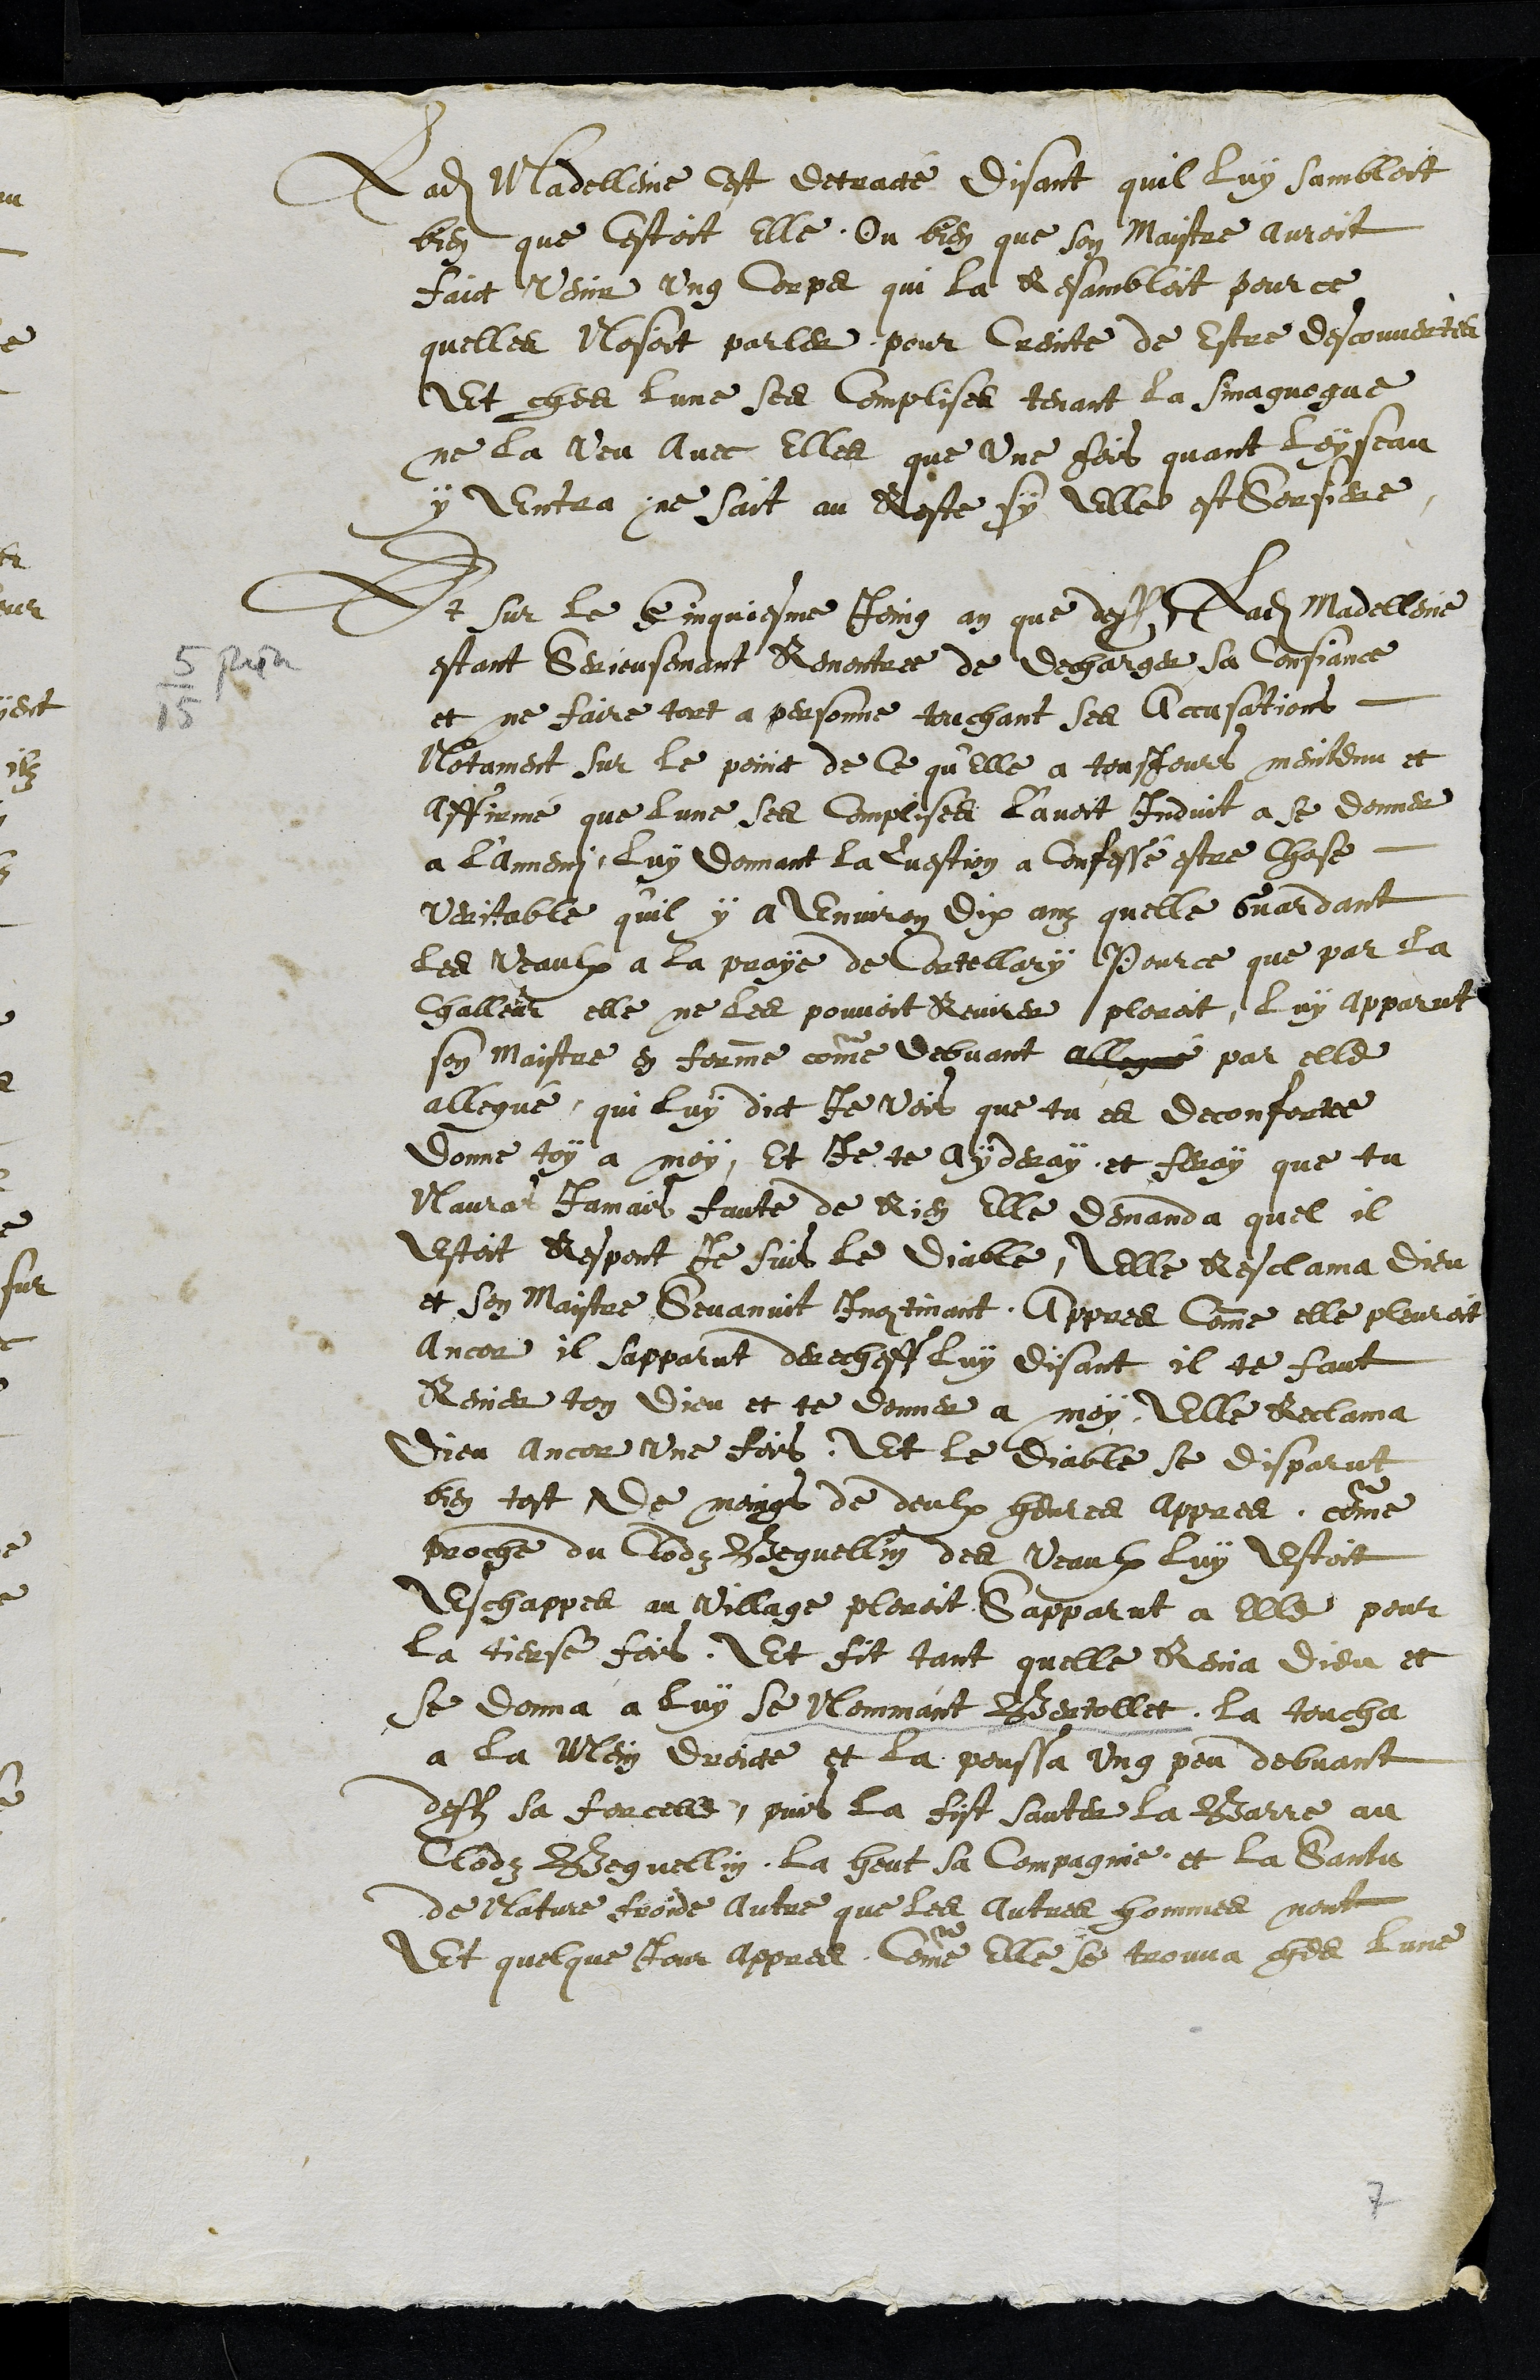
5 juin
Ladite Madelleine cest retracté, disant quil luy sembloit
bien que cestoit elle ou bien que son Maistre auroit
faict venir ung corps qui la Resambloit pour ce
quelles Nosoit parler, pour Creinte de Estre descouvertes
Et ches lune ses complises tenant la sinaguogue
ne la veu avec elles que une fois quant loyseau
y Entra, ne sait au Reste, sy elle est Sorsiere
Et sur le cinquiesme Joing an que dessus ladite Madelleine
estant Serieusemant Remontree de decharger sa Consiance
et ne faire tort a personne touchant ses accusations
Notament sur le poinct de ce qu'elle a tousjours meintenu et
affirmé que lune ses Complises l'avoit Induit a se donner
a l'Annemi, luy donnant la Question a confessé estre chose
veritable qu'il y a environ dix ans quelle Guardant
les veaulx a la praye de Cortellary Pource que par la
Challeur elle ne les pouvoit Revirer ploroit, luy apparut
son maistre en forme comme debvant allegué par elle
allegué qui luy dict Je vois que tu es deconfortee
donne toy a moy, Et Je te ayderay, et feray que tu
Nauras Jamais faute de Rien elle demanda quel il
estoit Respont Je suis le diable, elle Resclama Dieu
et son Maistre Sevanuit Incontinant. Appres comme elle pleuroit
ancor il sapparut derecheff luy disant il te faut
Renier ton Dieu et te donner a moy, Elle Reclama
Dieu ancor une fois. Et le diable se desparut
bien tost De moings de deulx heures appres, comme
proche du Clodz Beguellin des veaux luy estoit
Eschappes au village ploroit sapparut a elle pour
la tierse fois. Et fit tant quelle Renia dieu et
se donna a luy se Nommant Bertollet, la toucha
a la Mein droicte et la poussa ung peu debvant
dessus sa forcelle, puis la fist sauter la Barre au
Clodz B0eguellin, la heut sa compagnie, et la Santu
de Nature froide autre que les autres hommes nont
Et quelque jour appres, comme elle se trouva ches lune
7